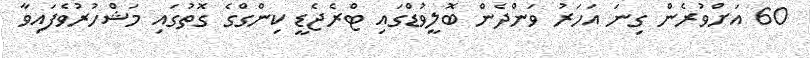
60 އަށްވުރެން ގިނަ އަހަރު ވަންދެން ބޮލީވުޑްގައި ޓްރެޖެޑީ ކިންގްގެ ގޮތުގައި މަޝްހުރުވެފައިވާ